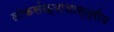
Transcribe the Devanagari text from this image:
लोकसंख्याशास्त्रीय